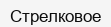
Стрелковое